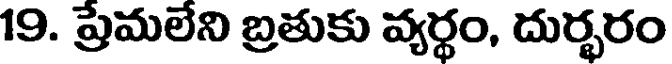
19. ప్రేమలేని బ్రతుకు వ్యర్థం, దుర్భరం